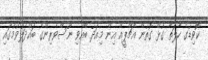
ކޮވިޑުގެ ހާލަތާ ގުޅޭ ގޮތުން އެޗްޕީއޭ އިން މިއަދު ބޭއްވި ނޫސްވެރިންގެ ބައްދަލުވުމުގައި